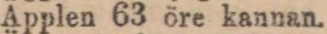
Äpplen 63 öre kannan.